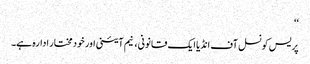
‘‘
پریس کونسل آف انڈیا ایک قانونی، نیم آئینی اور خود مختار ادارہ ہے۔